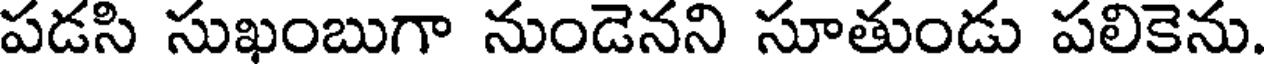
పడసి సుఖంబుగా నుండెనని సూతుండు పలికెను